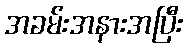
အခမ်းအနားအပြီး